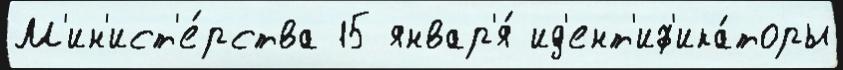
М'ин'ист'е́рства 15 январ'я́ ид'ент'иф'ика́торы